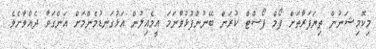
މިކޮމިޝަނުން ތިޔަފަރާތަށް ފޯމް ޕޯސްޓް ކުރަން ބޭނުންފުޅުވާނަމަ އީމެއިލުން އަޅުގަނޑުމެންމަށް އަންގަވާ ދެއްވާށެވެ.